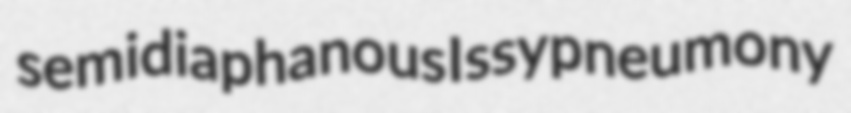
semidiaphanous Issy pneumony